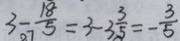
3 - \frac { 1 8 } { 5 } = 3 - 3 \frac { 3 } { 5 } = - \frac { 3 } { 5 }